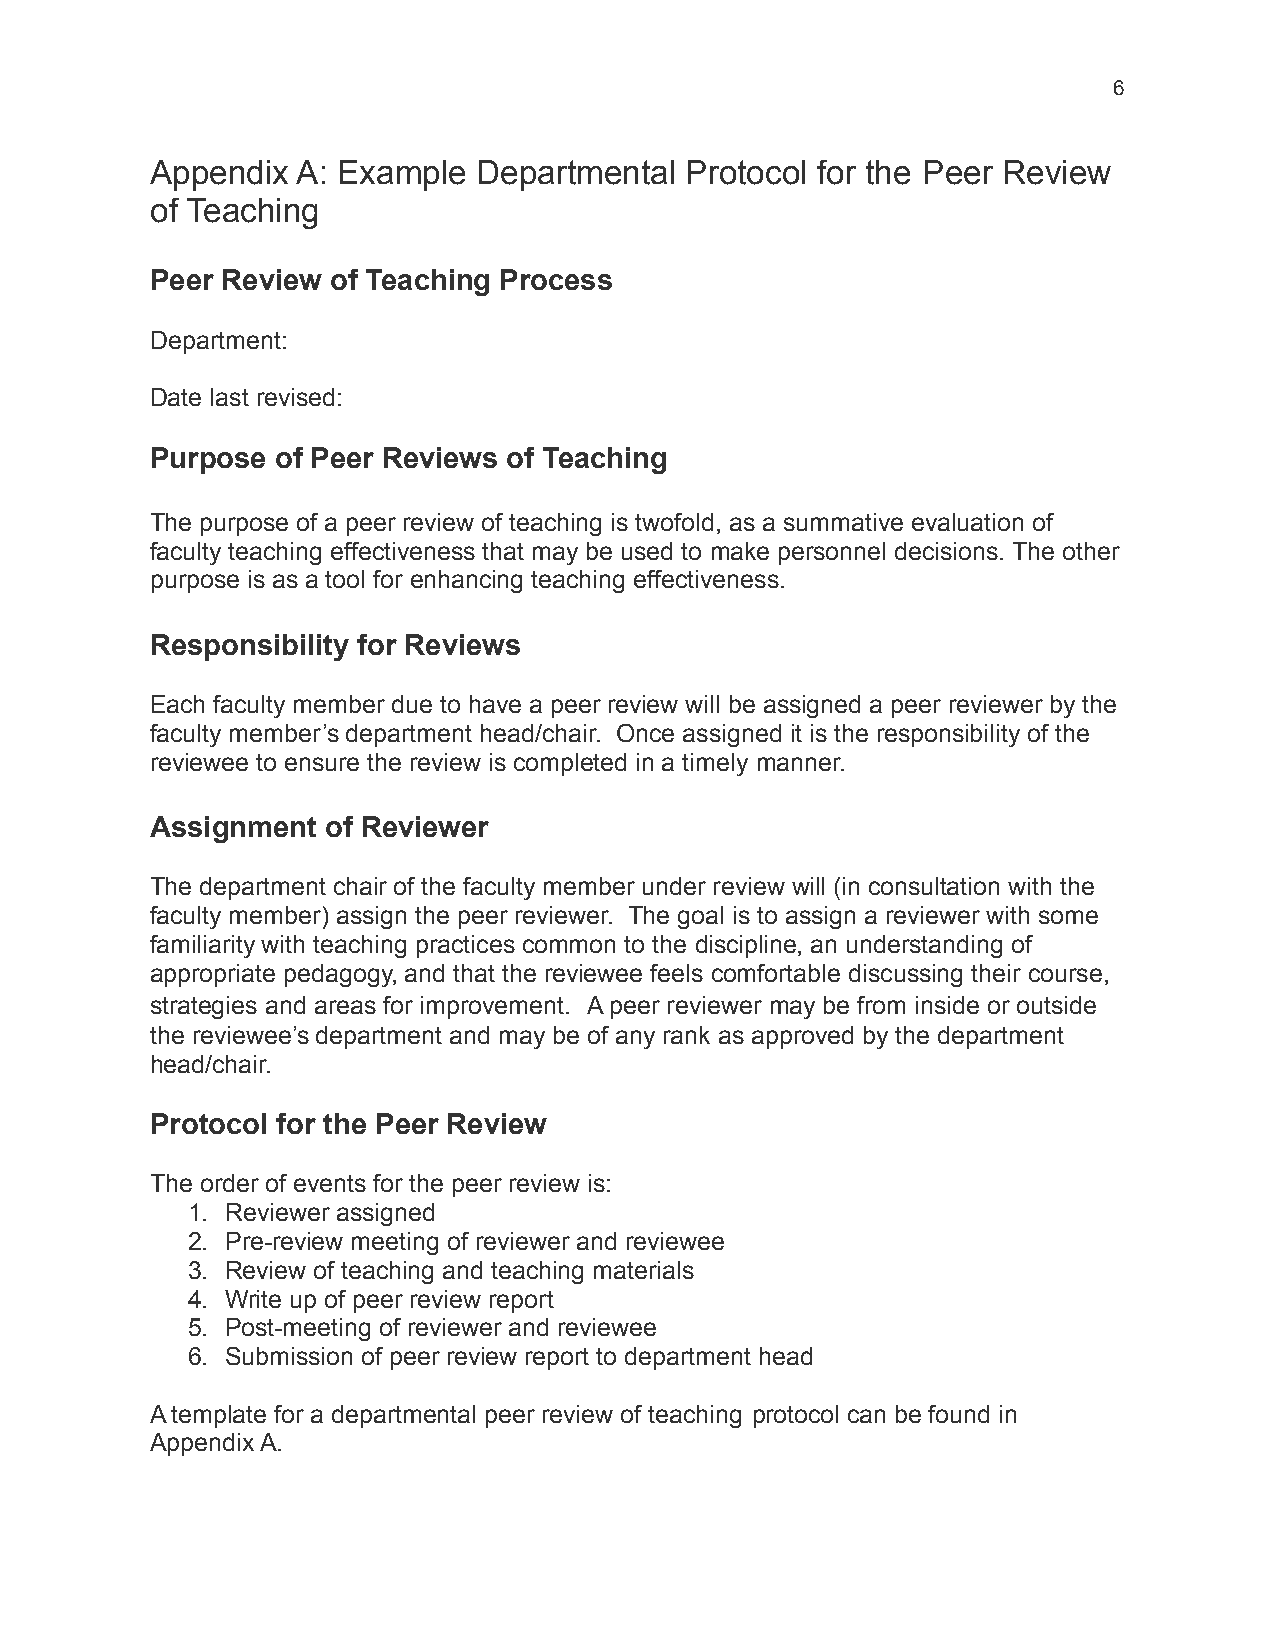
6
 Appendix  A: Example  Departmental Protocol for the Peer Review
 of Teaching
 Peer Review of Teaching Process
 Department:
 Date last revised:
 Purpose of Peer Reviews of Teaching
 The purpose of a peer review of teaching is twofold, as a summative evaluation of
 faculty teaching effectiveness that may be used to make personnel decisions. The other
 purpose is as a tool for enhancing teaching effectiveness.
 Responsibility for Reviews
 Each faculty member due to have a peer review will be assigned a peer reviewer by the
 faculty member’s department head/chair. Once assigned it is the responsibility of the
 reviewee to ensure the review is completed in a timely manner.
 Assignment  of Reviewer
 The department chair of the faculty member under review will (in consultation with the
 faculty member) assign the peer reviewer. The goal is to assign a reviewer with some
 familiarity with teaching practices common to the discipline, an understanding of
 appropriate pedagogy, and that the reviewee feels comfortable discussing their course,
 strategies and areas for improvement. A peer reviewer may be from inside or outside
 the reviewee’s department and may be of any rank as approved by the department
 head/chair.
 Protocol for the Peer Review
 The order of events for the peer review is:
 1. Reviewer assigned
 2. Pre-review meeting of reviewer and reviewee
 3. Review of teaching and teaching materials
 4. Write up of peer review report
 5. Post-meeting of reviewer and reviewee
 6. Submission of peer review report to department head
 A template for a departmental peer review of teaching protocol can be found in
 Appendix A.